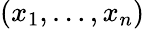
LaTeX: \left(x_{1},\dots,x_{n}\right)